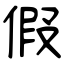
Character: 假